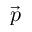
\vec { p }